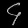
Digit: ၄